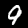
Digit: 9